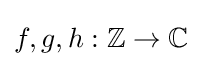
f,g,h:\mathbb {Z} \rightarrow \mathbb {C}